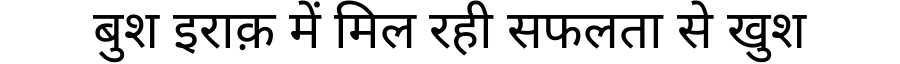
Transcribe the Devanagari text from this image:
बुश इराक़ में मिल रही सफलता से खुश